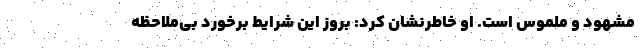
مشهود و ملموس است. او خاطرنشان کرد: بروز این شرایط برخورد بی‌ملاحظه